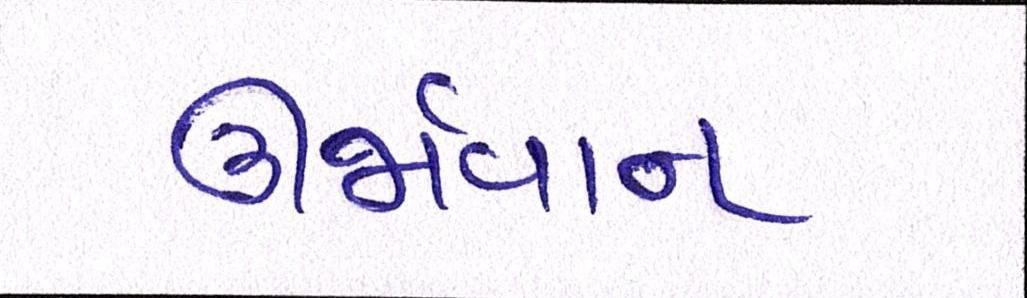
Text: ઊર્જાવાન